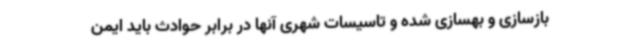
بازسازی و بهسازی شده و تاسیسات شهری آنها در برابر حوادث باید ایمن